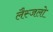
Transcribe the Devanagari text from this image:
लैस्जलो